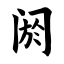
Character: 阏